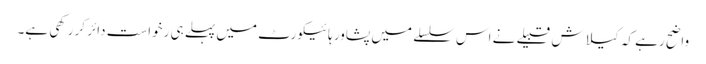
واضح رہے کہ کیلاش قبیلے نے اس سلسلے میں پشاور ہائیکورٹ میں پہلے ہی رخواست دائر کر رکھی ہے۔